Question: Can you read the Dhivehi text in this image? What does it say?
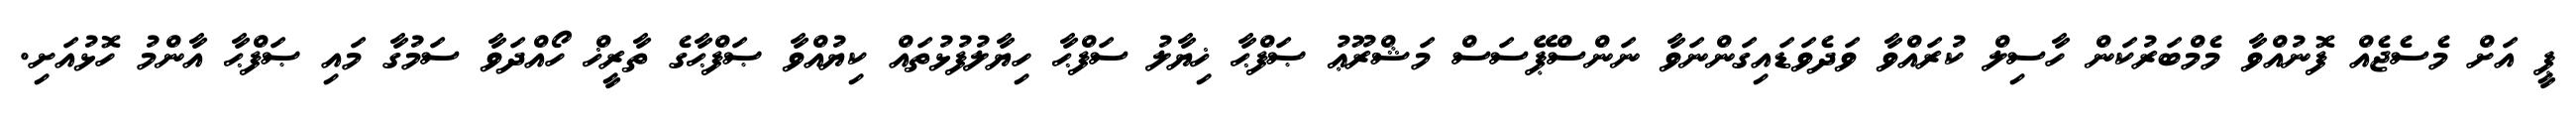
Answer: ޕީ އަށް މެސެޖެއް ފޮނުއްވާ މެމްބަރުކަން ހާސިލް ކުރައްވާ ވަދެވަޑައިގަންނަވާ ނަންސްޕޭސަސް މަޝްރޫޢު ޞަފްޙާ ޚިޔާލު ސަފްޙާ ހިޔާލުފުޅުތައް ކިޔުއްވާ ޞަފްޙާގެ ތާރީޚް ހޯއްދަވާ ސަމުގާ މައި ޞަފްޙާ އާންމު ހޮޅުއަށި.